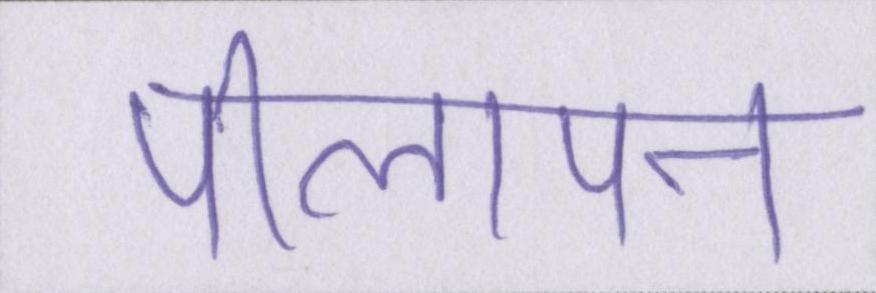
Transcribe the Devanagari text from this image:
पीलापन